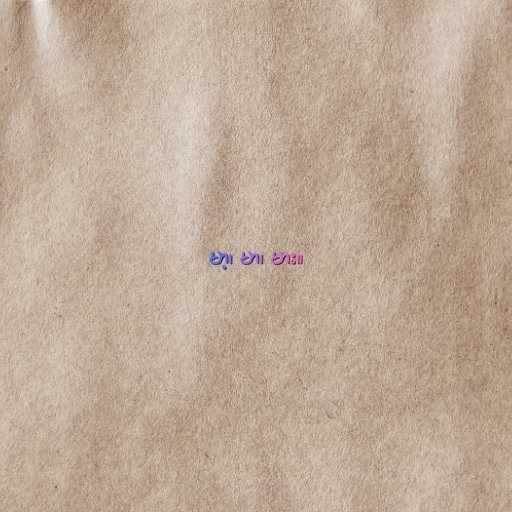
မာ့၊ မာ၊ မား။